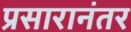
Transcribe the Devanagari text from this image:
प्रसारानंतर